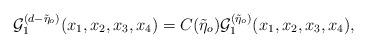
LaTeX: \begin{align*}{\cal{G}}_{1}^{(d-\tilde{\eta}_{o})}(x_{1},x_{2},x_{3},x_{4})=C(\tilde{\eta}_{o}){\cal{G}}_{1}^{(\tilde{\eta}_{o})}(x_{1},x_{2},x_{3},x_{4}),\end{align*}